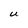
Character: U